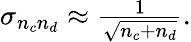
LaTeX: \begin{array}{r}{\sigma_{n_{c}n_{d}}\approx\frac{1}{\sqrt{n_{c}+n_{d}}}.}\end{array}